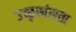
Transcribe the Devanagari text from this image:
उच्छृखंलता